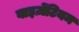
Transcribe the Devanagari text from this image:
बाइज़ेंटियम